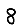
Digit: 8